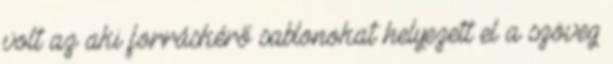
volt az aki forráskérő sablonokat helyezett el a szöveg